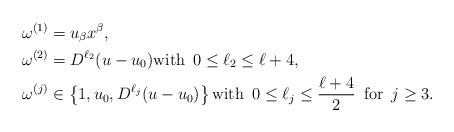
LaTeX: \begin{align*}\omega^{(1)} &= u_\beta x^\beta,\\\omega^{(2)} &= D^{\ell_2} (u-u_0) \mbox{with } \, 0 \le \ell_2 \le \ell+4,\\\omega^{(j)} &\in \left\{1, u_0, D^{\ell_j} (u-u_0)\right\} \mbox{with } \, 0 \le \ell_j \le \frac{\ell+4}{2} \, \mbox{ for } \, j \ge 3.\end{align*}